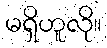
မရှိဟူလို။